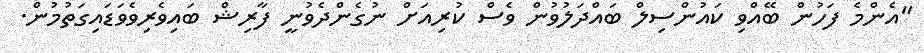
"އެންމެ ފަހުން ބޭއްވި ކައުންސިލް ބައްދަލުވުން ވެސް ކުރިއަށް ނުގެންދެވުނީ ފާރިޝް ބައިވެރިވެވަޑައިގަތުމުން.